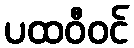
ပထဝီဝင်